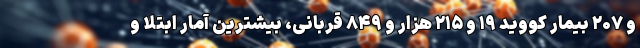
و ۲۰۷ بیمار کووید ۱۹ و ۲۱۵ هزار و ۸۴۹ قربانی، بیشترین آمار ابتلا و